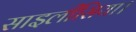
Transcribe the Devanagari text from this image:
साइलीसिया।